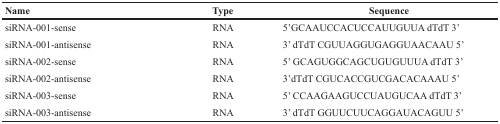
<table><thead><tr><td><b>Name</b></td><td><b>Type</b></td><td><b>Sequence</b></td></tr></thead><tbody><tr><td>siRNA-001-sense</td><td>RNA</td><td>5′GCAAUCCACUCCAUUGUUA dTdT 3′</td></tr><tr><td>siRNA-001-antisense</td><td>RNA</td><td>3′ dTdT CGUUAGGUGAGGUAACAAU 5′</td></tr><tr><td>siRNA-002-sense</td><td>RNA</td><td>5′ GCAGUGGCAGCUGUGUUUA dTdT 3′</td></tr><tr><td>siRNA-002-antisense</td><td>RNA</td><td>3′dTdT CGUCACCGUCGACACAAAU 5′</td></tr><tr><td>siRNA-003-sense</td><td>RNA</td><td>5′ CCAAGAAGUCCUAUGUCAA dTdT 3′</td></tr><tr><td>siRNA-003-antisense</td><td>RNA</td><td>3′ dTdT GGUUCUUCAGGAUACAGUU 5′</td></tr></tbody></table>